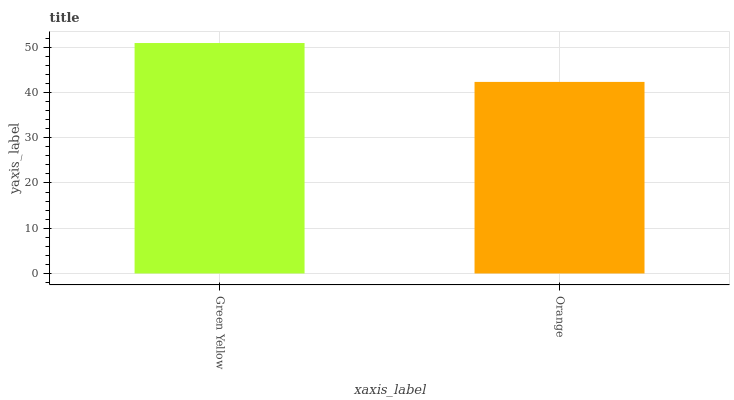
| xaxis_label | bars |
 | --- | --- |
 | Green Yellow | 50.9 |
 | Orange | 42.3 |